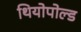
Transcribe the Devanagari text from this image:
थियोपोल्ड